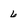
Character: 6